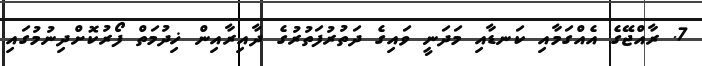
7. ރާއްޖޭގެ އެއްގަމާއި ކަނޑާއި މަދަނީ ވައިގެ ދަތުރުފަތުރުގެ ދާއިރާއިން ޚިދުމަތް ފޯރުކޮށްދިނުމުގައި